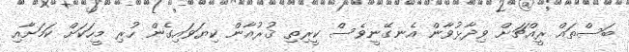
ބަސްތައް ރީއްޗަށް ވިދާޅުވާން އެނގޭނީވެސް ކީރިތި ޤުރުއާން ކިޔަވައިގެން ހުރި މީހަކަށް ކަމަށާއި